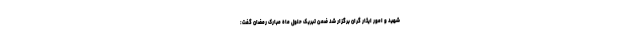
شهید و امور ایثار گران برگزار شد ضمن تبریک حلول ماه مبارک رمضان گفت: